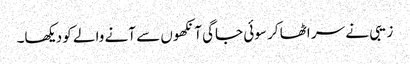
زیبی نے سر اٹھا کر سوئی جاگی آنکھوں سے آنے والے کو دیکھا۔